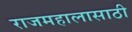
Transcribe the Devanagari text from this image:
राजमहालासाठी